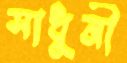
সাধুনী